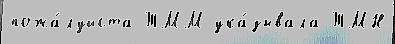
пожа́луйста ТММ ука́зывала ТМН